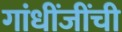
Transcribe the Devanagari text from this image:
गांधींजींची